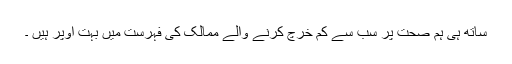
ساتھ ہی ہم صحت پر سب سے کم خرچ کرنے والے ممالک کی فہرست میں بہت اوپر ہیں ۔